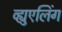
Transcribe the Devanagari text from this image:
व्ह्युएलिंग